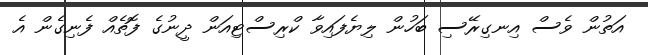
އަތުން ވެސް އިނގިރޭސި ބަހުން ލިޔެފައިވާ ކްރިސްޓިއަން ދީނުގެ ފޮތެއް ފެނިގެން އެ